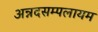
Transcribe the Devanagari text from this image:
अन्नदसम्पलायम